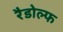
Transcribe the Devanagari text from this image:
रैडोल्फ